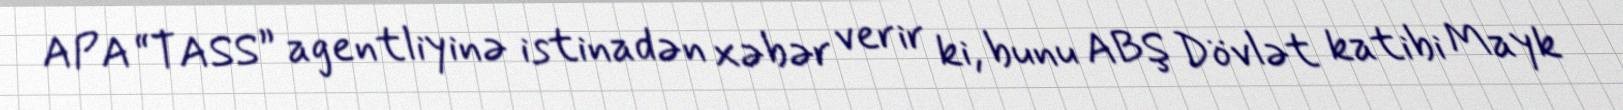
APA “TASS” agentliyinə istinadən xəbər verir ki, bunu ABŞ Dövlət katibi Mayk